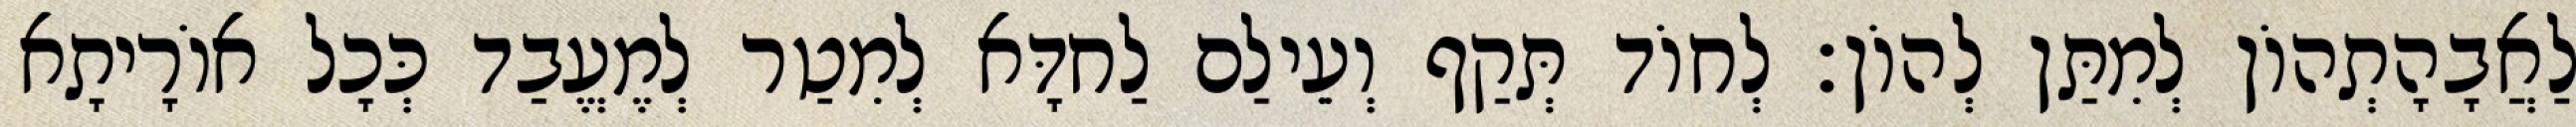
לַאֲבָהָתְהוֹן לְמִתַּן לְהוֹן׃ לְחוֹד תְּקַף וְעֵילַם לַחדָּא לְמִטַר לְמֶעֱבַד כְּכָל אוֹרָיתָא